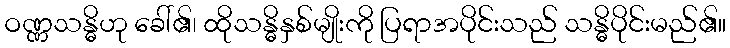
ဝဏ္ဏသန္ဓိဟု ခေါ်၏၊ ထိုသန္ဓိနှစ်မျိုးကို ပြရာအပိုင်းသည် သန္ဓိပိုင်းမည်၏။